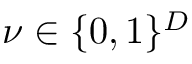
{ \boldsymbol { \nu } } \in \{ 0 , 1 \} ^ { D }